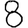
Digit: 8